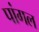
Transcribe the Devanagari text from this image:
पांगल